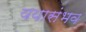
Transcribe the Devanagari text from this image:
ययासंभव